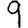
Digit: 9